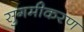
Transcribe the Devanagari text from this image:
सुगमीकरण